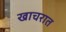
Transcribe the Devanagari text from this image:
खाचरात